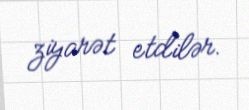
ziyarət etdilər.